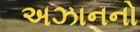
અઝાનનો